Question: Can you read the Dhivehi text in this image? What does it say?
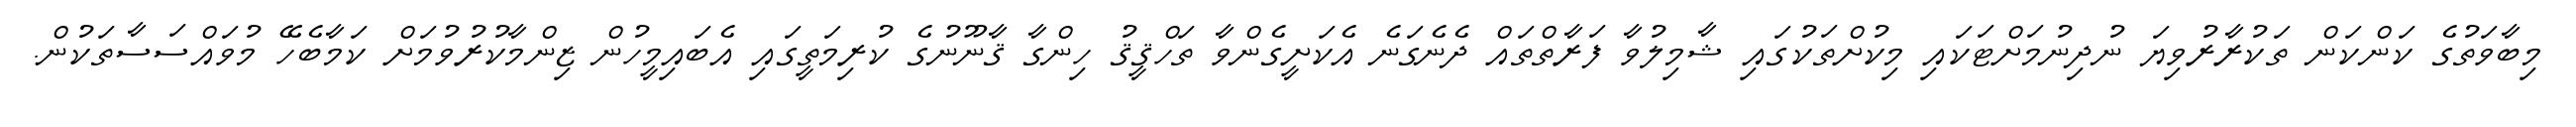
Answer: މިބާވަތުގެ ކަންކަން ތަކުރާރުވިޔަ ނުދިނުމަށްޓަކައި މިކުށްތަކުގައި ޝާމިލުވާ ފަރާތްތައް ދެނެގަނެ އެކަށީގެންވާ ތަހްޤީޤު ހިންގާ ޤާނޫނުގެ ކުރިމަތީގައި އެބައިމީހުން ޒިންމާކުރުވުމަށް ކަމާބެހޭ މުވައްސަސާތަކުން.